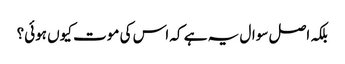
بلکہ اصل سوال یہ ہے کہ اس کی موت کیوں ہوئی؟